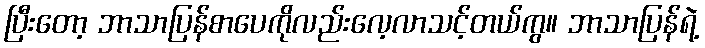
ပြီးတော့ ဘာသာပြန်စာပေကိုလည်းလေ့လာသင့်တယ်ကွ။ ဘာသာပြန်ရဲ့